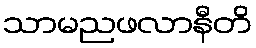
သာမညဖလာနီတိ